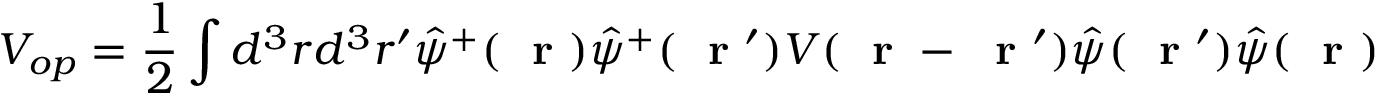
V _ { o p } = \frac { 1 } { 2 } \int d ^ { 3 } r d ^ { 3 } r ^ { \prime } \hat { \psi } ^ { + } ( \mathrm { ~ \bf ~ r ~ } ) \hat { \psi } ^ { + } ( \mathrm { ~ \bf ~ r ~ } ^ { \prime } ) V ( \mathrm { ~ \bf ~ r ~ } - \mathrm { ~ \bf ~ r ~ } ^ { \prime } ) \hat { \psi } ( \mathrm { ~ \bf ~ r ~ } ^ { \prime } ) \hat { \psi } ( \mathrm { ~ \bf ~ r ~ } )